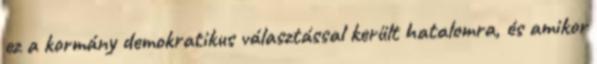
ez a kormány demokratikus választással került hatalomra, és amikor